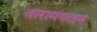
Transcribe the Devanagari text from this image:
तारामंगलम